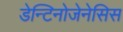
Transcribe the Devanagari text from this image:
डेन्टिनोजेनेसिस